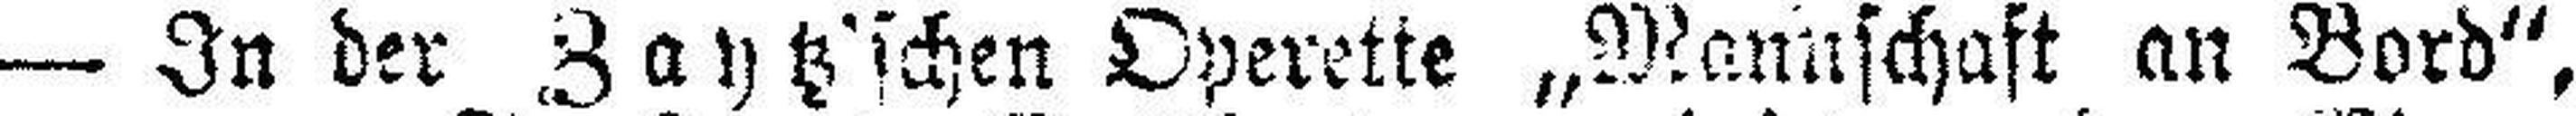
— In der Zaytz'schen Operette „Mannschaft an Bord“,